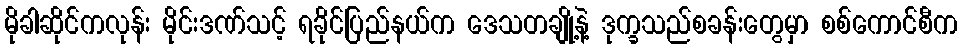
မိုခါဆိုင်ကလုန်း မိုင်းဒဏ်သင့် ရခိုင်ပြည်နယ်က ဒေသတချို့နဲ့ ဒုက္ခသည်စခန်းတွေမှာ စစ်ကောင်စီက